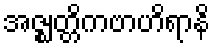
အဇ္ဈတ္တိကဗာဟိရာနိ